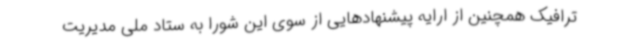
ترافیک همچنین از ارایه پیشنهادهایی از سوی این شورا به ستاد ملی مدیریت